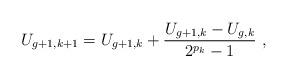
LaTeX: \begin{align*}U_{g+1,k+1} = U_{g+1,k} + \frac{U_{g+1,k}-U_{g,k}}{2^{p_k}-1} \ ,\end{align*}